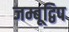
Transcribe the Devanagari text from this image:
जम्बूद्विप